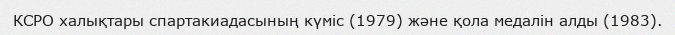
КСРО халықтары спартакиадасының күміс (1979) және қола медалін алды (1983).